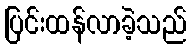
ပြင်းထန်လာခဲ့သည်